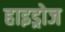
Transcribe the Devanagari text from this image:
हाइड्रोज